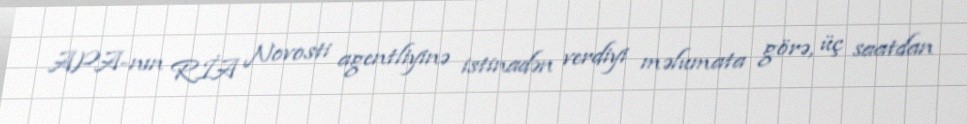
APA-nın RİA Novosti agentliyinə istinadən verdiyi məlumata görə, üç saatdan